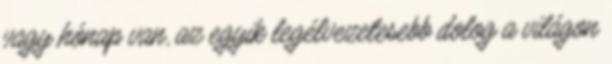
vagy hónap van, az egyik legélvezetesebb dolog a világon